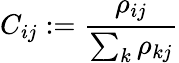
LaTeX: C_{ij}:=\frac{\rho_{ij}}{\sum_{k}\rho_{kj}}